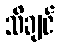
သိချင်